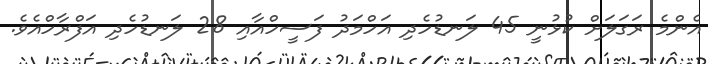
އެންމެ ރަގަލަށް ކުޅުނީ 45 ލަނޑުހެދި އަހްމަދު ފަސީހްއާއި 28 ލަނޑުހެދި އަފްރާހްއެވެ.